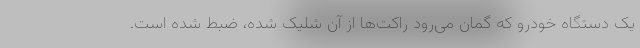
یک دستگاه خودرو که گمان می‌رود راکت‌ها از آن شلیک شده، ضبط شده است.